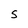
Character: s